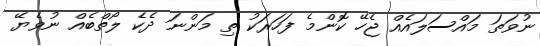
ނުވަތަ މައްސަލައެއް ޖެހޭ ކޮންމެ ފަހަރަކު ތި މަންނަ ދެކެ ލޯތްބެއް ނުވެޔޭ